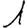
Digit: 1